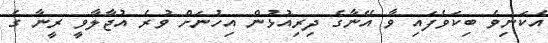
އެކަނިވެ ބިކަވެފައި ވާ އޭނާގެ ދިރިއުޅުން އިހުނަށް ވުރެ އުޖާލާވީ ރީނާ ގެ